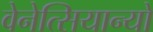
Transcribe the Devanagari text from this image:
वेनेत्सियान्यो